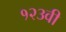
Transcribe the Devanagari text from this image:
१२३वी